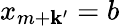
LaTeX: x_{m+\mathbf{k}^{\prime}}=b